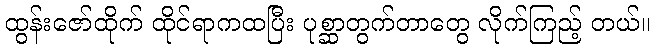
ထွန်းဇော်ထိုက် ထိုင်ရာကထပြီး ပုစ္ဆာတွက်တာတွေ လိုက်ကြည့် တယ်။